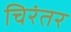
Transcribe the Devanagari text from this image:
चिरंतर